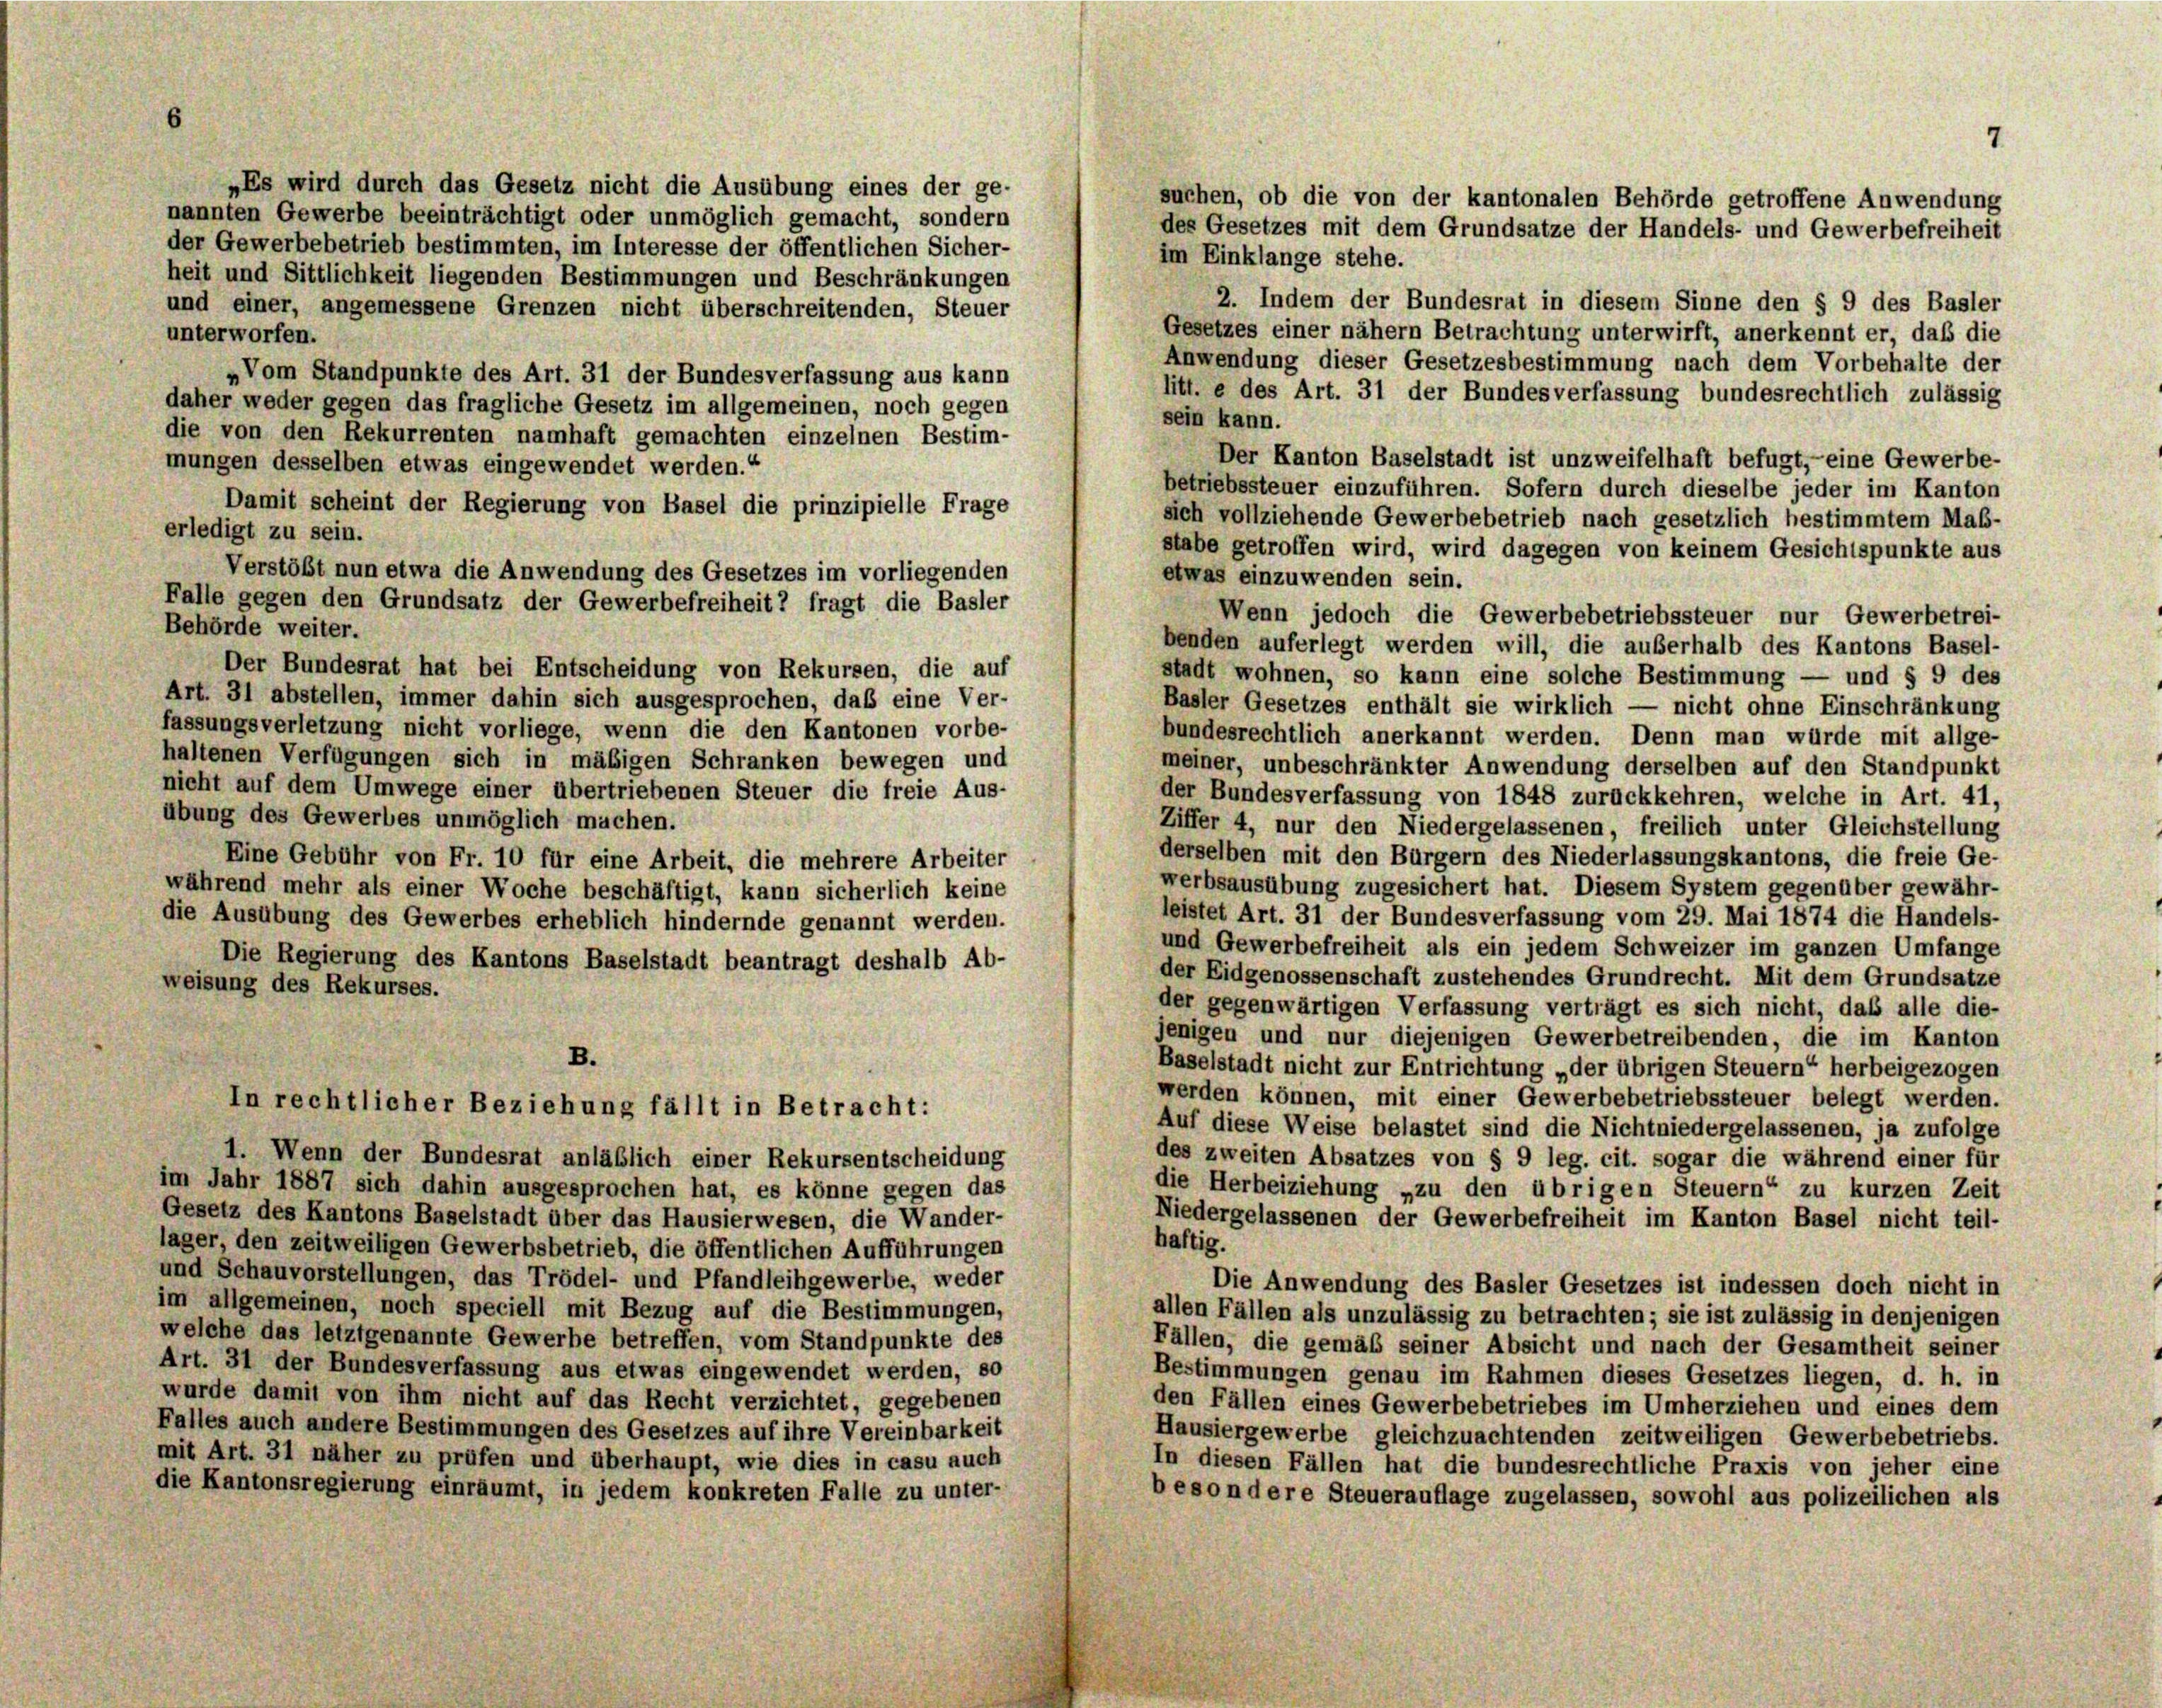
6

„Es wird durch das Gesetz nicht die Ausübung eines der ge-
nannten Gewerbe beeinträchtigt oder unmöglich gemacht, sondern
der Gewerbebetrieb bestimmten, im Interesse der öffentlichen Sicher-
im Einklange stehe.
heit und Sittlichkeit liegenden Bestimmungen und Beschränkungen
2. Indem der Bundesrat in diesem Sinne den § 9 des Basler
und einer, angemessene Grenzen nicht überschreitenden, Steuer
Gesetzes einer nähern Betrachtung unterwirft, anerkennt er, daß die
unterworfen.
Anwendung dieser Gesetzesbestimmung nach dem Vorbehalte der
„Vom Standpunkte des Art. 31 der Bundesverfassung aus kann
litt. e des Art. 31 der Bundesverfassung bundesrechtlich zulässig
daher weder gegen das fragliche Gesetz im allgemeinen, noch gegen
sein kann.
die von den Rekurrenten namhaft gemachten einzelnen Bestim-
Der Kanton Baselstadt ist unzweifelhaft befugt,- eine Gewerbe-
mungen desselben etwas eingewendet werden.“
betriebssteuer einzuführen. Sofern durch dieselbe jeder im Kanton
Damit scheint der Regierung von Basel die prinzipielle Frage
sich vollziehende Gewerbebetrieb nach gesetzlich bestimmtem Maß-
erledigt zu sein.
stabe getroffen wird, wird dagegen von keinem Gesichtspunkte aus
Verstößt nun etwa die Anwendung des Gesetzes im vorliegenden
etwas einzuwenden sein.
Falle gegen den Grundsatz der Gewerbefreiheit 2 fragt die Basler
Wenn jedoch die Gewerbebetriebssteuer nur Gewerbetrei-
Behörde weiter.
benden auferlegt werden will, die außerhalb des Kantons Basel-
Der Bundesrat hat bei Entscheidung von Rekursen, die auf
stadt wohnen, so kann eine solche Bestimmung — und § 9 des
Art. 31 abstellen, immer dahin sich ausgesprochen, das eine Ver-
Basler Gesetzes enthält sie wirklich — nicht ohne Einschränkung
fassungsverletzung nicht vorliege, wenn die den Kantonen vorbe-
bundesrechtlich anerkannt werden. Denn man würde mit allge-
haltenen Verfügungen sich in mäßigen Schranken bewegen und
meiner, unbeschränkter Anwendung derselben auf den Standpunkt
nicht auf dem Umwege einer übertriebenen Steuer die freie Aus-
der Bundesverfassung von 1848 zurückkehren, welche in Art. 41,
übung des Gewerbes unmöglich machen.
Ziffer 4, nur den Niedergelassenen, freilich unter Gleichstellung
derselben mit den Bürgern des Niederlassungskantons, die freie Ge-
Eine Gebühr von Fr. 10 für eine Arbeit, die mehrere Arbeiter
werbsausübung zugesichert hat. Diesem System gegenüber gewähr-
während mehr als einer Woche beschäftigt, kann sicherlich keine
leistet Art. 31 der Bundesverfassung vom 29. Mai 1874 die Handels-
die Ausübung des Gewerbes erheblich hindernde genannt werden.
und Gewerbefreiheit als ein jedem Schweizer im ganzen Umfange
Die Regierung des Kantons Baselstadt beantragt deshalb Ab-
der Eidgenossenschaft zustehendes Grundrecht. Mit dem Grundsätze
weisung des Rekurses.
der gegenwärtigen Verfassung verträgt es sich nicht, das alle die-
jenigen und nur diejenigen Gewerbetreibenden, die im Kanton
B.
Baselstadt nicht zur Entrichtung „der übrigen Steuern“ herbeigezogen
werden können, mit einer Gewerbebetriebssteuer belegt werden.
In rechtlicher Beziehung fällt in Betracht:
Auf diese Weise belastet sind die Nichtniedergelassenen, ja zufolge
1. Wenn der Bundesrat anläßlich einer Rekursentscheidung
des zweiten Absatzes von § 9 leg. cit. sogar die während einer für
im Jahr 1887 sich dahin ausgesprochen hat, es könne gegen das
die Herbeiziehung „zu den übrigen Steuern“ zu kurzen Zeit
Gesetz des Kantons Baselstadt über das Hausierwesen, die Wander-
Niedergelassenen der Gewerbefreiheit im Kanton Basel nicht teil-
haftig.
lager, den zeitweiligen Gewerbsbetrieb, die öffentlichen Aufführungen
und Schauvorstellungen, das Trödel- und Pfandleihgewerbe, weder
Die Anwendung des Basler Gesetzes ist indessen doch nicht in
im allgemeinen, noch speciell mit Bezug auf die Bestimmungen,
allen Fällen als unzulässig zu betrachten; sie ist zulässig in denjenigen
welche das letztgenannte Gewerbe betreffen, vom Standpunkte des
Fällen, die gemäß seiner Absicht und nach der Gesamtheit seiner
Art. 31 der Bundesverfassung aus etwas eingewendet werden, so
Bestimmungen genau im Rahmen dieses Gesetzes liegen, d. h. in
wurde damit von ihm nicht auf das Recht verzichtet, gegebenen
den Fällen eines Gewerbebetriebes im Umherziehen und eines dem
Falles auch andere Bestimmungen des Gesetzes auf ihre Vereinbarkeit
Hausiergewerbe gleichzuachtenden zeitweiligen Gewerbebetriebs.
mit Art. 31 näher zu prüfen und überhaupt, wie dies in casu auch
In diesen Fällen hat die bundesrechtliche Praxis von jeher eine
die Kantonsregierung einräumt, in jedem konkreten Falle zu unter-
besondere Steuerauflage zugelassen, sowohl aus polizeilichen als

7
suchen, ob die von der kantonalen Behörde getroffene Anwendung
des Gesetzes mit dem Grundsätze der Handels- und Gewerbefreiheit